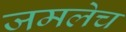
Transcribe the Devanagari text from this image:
जमलेच